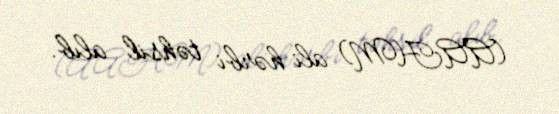
(AAHM) ali hərbi təhsil alıb.